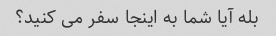
بله آیا شما به اینجا سفر می کنید؟